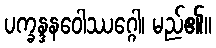
ပက္ခန္ဒနဝေါဿဂ္ဂေါ၊ မည်၏။